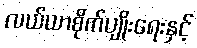
လယ်ယာစိုက်ပျိုးရေးနှင့်